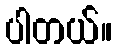
ပါတယ်။